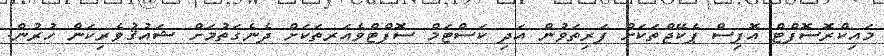
މައިކްރޮސޮފްޓް އޮފިސް ޕެކޭޖްތަކަށް ފަރިތަވުން އަދި ކަސްޓަމް ސޮފްޓްވެއަރތަކަށް ދެނެގަތުމަށް ޝައުޤުވެރިކަން ހުރުން.